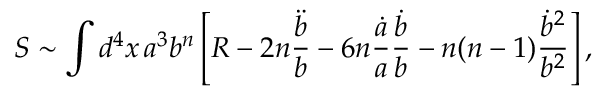
S \sim \int d ^ { 4 } x \, a ^ { 3 } b ^ { n } \left[ R - 2 n \frac { \ddot { b } } { b } - 6 n \frac { \dot { a } } { a } \frac { \dot { b } } { b } - n ( n - 1 ) \frac { \dot { b } ^ { 2 } } { b ^ { 2 } } \right] ,